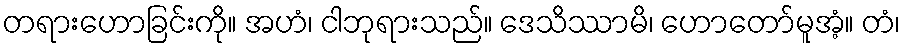
တရားဟောခြင်းကို။ အဟံ၊ ငါဘုရားသည်။ ဒေသိဿာမိ၊ ဟောတော်မူအံ့။ တံ၊